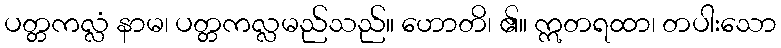
ပတ္တကလ္လံ နာမ၊ ပတ္တကလ္လမည်သည်။ ဟောတိ၊ ၏။ ဣတရထာ၊ တပါးသော